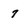
Character: 7